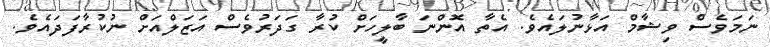
ނަމަވެސް ވިޝާމް އަޅާނުލައެވެ. އެތާ އޮންނަ ބާލީހަށް ކުރާ ގަދަރުވެސް އަޒަލްއަށް ނުކުރާފަދައެވެ.